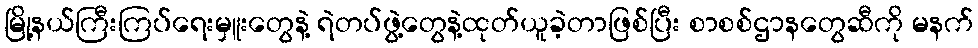
မြို့နယ်ကြီးကြပ်ရေးမှူးတွေနဲ့ ရဲတပ်ဖွဲ့တွေနဲ့ထုတ်ယူခဲ့တာဖြစ်ပြီး စာစစ်ဌာနတွေဆီကို မနက်